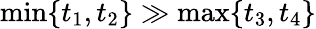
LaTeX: \operatorname*{min}\{ t_{1},t_{2}\} \gg\operatorname*{max}\{ t_{3},t_{4}\}